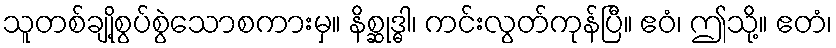
သူတစ်ချို့စွပ်စွဲသောစကားမှ။ နိစ္ဆုဒ္ဓါ၊ ကင်းလွတ်ကုန်ပြီ။ ဧဝံ၊ ဤသို့။ ဧတံ၊